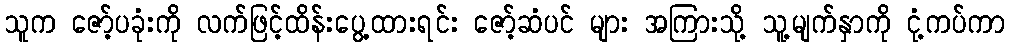
သူက ဇော့်ပခုံးကို လက်ဖြင့်ထိန်းပွေ့ထားရင်း ဇော့်ဆံပင် များ အကြားသို့ သူ့မျက်နှာကို ငုံ့ကပ်ကာ